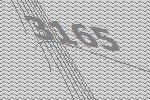
3165